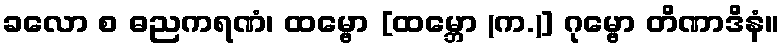
ခလော စ ဓညကရဏံ၊ ထမ္ဗော [ထမ္ဘော (က.)] ဂုမ္ဗော တိဏာဒိနံ။